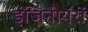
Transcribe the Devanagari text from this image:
इंजिनीयरों